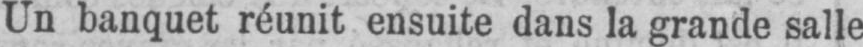
Un banquet réunit ensuite dans la grande salle